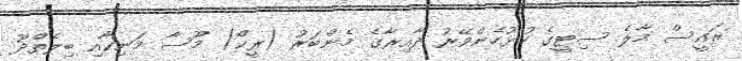
ރައީސް މާލެ ސިޓީގެ ހުޅުހެންވޭރު ދާއިރާގެ މެންބަރު (ރީކޯ) މޫސާ މަނިކާއި ބިލެތްދޫ